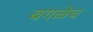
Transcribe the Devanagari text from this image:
बगळेच